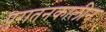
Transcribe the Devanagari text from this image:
पुरातनकालीन